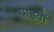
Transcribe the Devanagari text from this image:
पाडवों